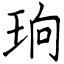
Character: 珦